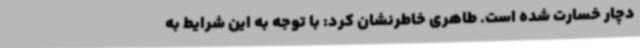
دچار خسارت شده‌ است‌. طاهری خاطرنشان کرد: با توجه به این شرایط به